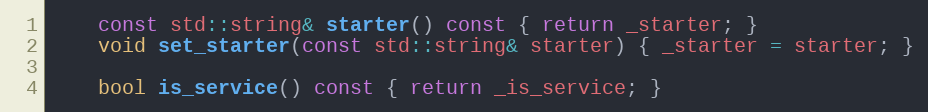
Language: C
    const std::string& starter() const { return _starter; }
    void set_starter(const std::string& starter) { _starter = starter; }

    bool is_service() const { return _is_service; }